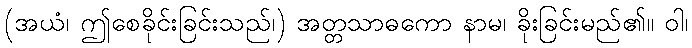
(အယံ၊ ဤစေခိုင်းခြင်းသည်၊) အတ္တသာဓကော နာမ၊ ခိုးခြင်းမည်၏။ ဝါ၊